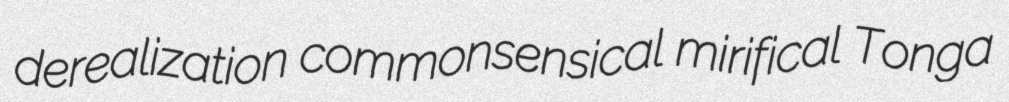
derealization commonsensical mirifical Tonga